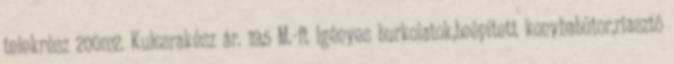
telekrész 200m2. Kulcsrakész ár. 19,5 M.-ft Igényes burkolatok,beépített konyhabútor,riasztó